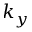
k _ { y }